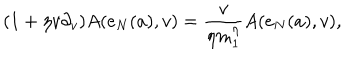
LaTeX: ( 1 + \eta v \partial _ { v } ) A ( e _ { N } ( a ) , v ) = { \frac { v } { \eta m _ { 1 } ^ { \eta } } } A ( e _ { N } ( a ) , v ) ,